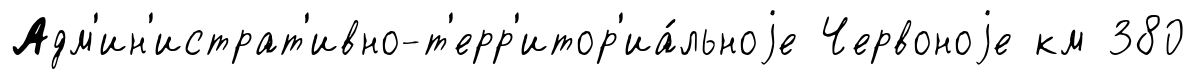
Адм'ин'истрат'ивно-т'ерр'итор'иа́льноjе Червоноjе км 380